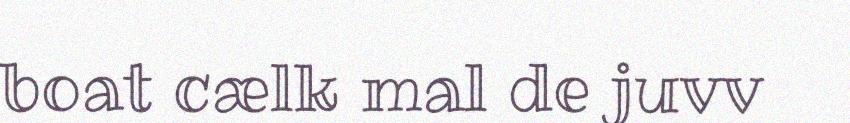
boat cælk mal de juvv